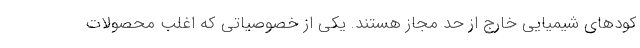
کودهای شیمیایی خارج از حد مجاز هستند. یکی از خصوصیاتی که اغلب محصولات